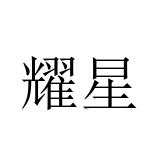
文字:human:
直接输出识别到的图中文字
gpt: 耀星